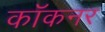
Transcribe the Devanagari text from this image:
कॉकनर